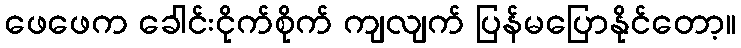
ဖေဖေက ခေါင်းငိုက်စိုက် ကျလျက် ပြန်မပြောနိုင်တော့။